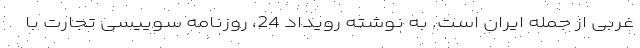
غربی از جمله ایران است. به نوشته رویداد 24، روزنامه سوییسی تجارت با